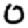
Digit: 0